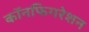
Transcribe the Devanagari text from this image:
कॉनफिगरेशन